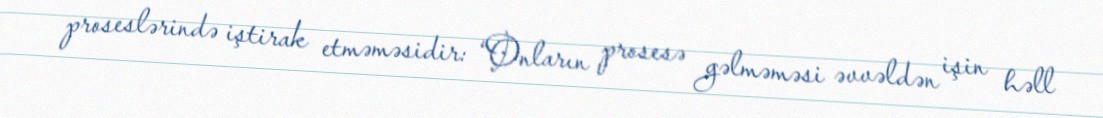
proseslərində iştirak etməməsidir: “Onların prosesə gəlməməsi əvvəldən işin həll